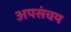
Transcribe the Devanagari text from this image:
अपसंचय